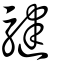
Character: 騝